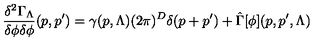
\frac { \delta ^ { 2 } \Gamma _ { \Lambda } } { \delta \phi \delta \phi } ( p , p ^ { \prime } ) = \gamma ( p , \Lambda ) ( 2 \pi ) ^ { D } \delta ( p + p ^ { \prime } ) + \hat { \Gamma } [ \phi ] ( p , p ^ { \prime } , \Lambda )